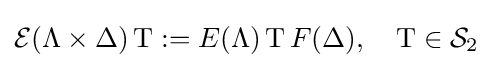
{\mathcal {E}}(\Lambda \times \Delta )\operatorname {T} :=E(\Lambda )\operatorname {T} F(\Delta ),\quad \operatorname {T} \in {\mathcal {S}}_{2}